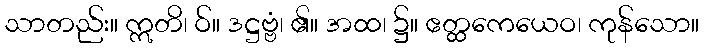
သာတည်း။ ဣတိ၊ ဝ်။ ဒဋ္ဌဗ္ဗံ၊ ၏။ အထ၊ ၌။ ဧတ္ထကေယေဝ၊ ကုန်သော။